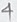
Text: 4